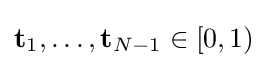
{\mathbf {t} }_{1},\dots ,{\mathbf {t} }_{N-1}\in [0,1)